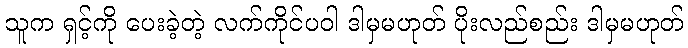
သူက ရှင့်ကို ပေးခဲ့တဲ့ လက်ကိုင်ပဝါ ဒါမှမဟုတ် ပိုးလည်စည်း ဒါမှမဟုတ်